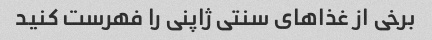
برخی از غذاهای سنتی ژاپنی را فهرست کنید